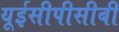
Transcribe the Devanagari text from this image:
यूईसीपीसीबी